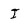
Character: I